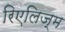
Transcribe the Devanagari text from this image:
रिएलिज्म